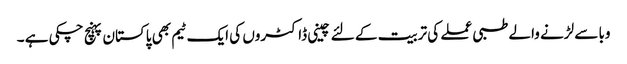
وبا سے لڑنے والے طبی عملے کی تربیت کے لئے چینی ڈاکٹروں کی ایک ٹیم بھی پاکستان پہنچ چکی ہے ۔